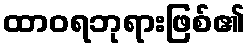
ထာဝရဘုရားဖြစ်၏